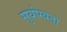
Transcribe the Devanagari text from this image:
सुयोग्यता